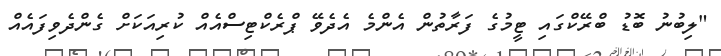
"ލިބުނު ބޮޑު ބްރޭކްގައި ޓީމުގެ ފަރާތުން އެންމެ އެދެވޭ ޕްރެކްޓިސްއެއް ކުރިއަކަށް ގެންދެވިފައެއް